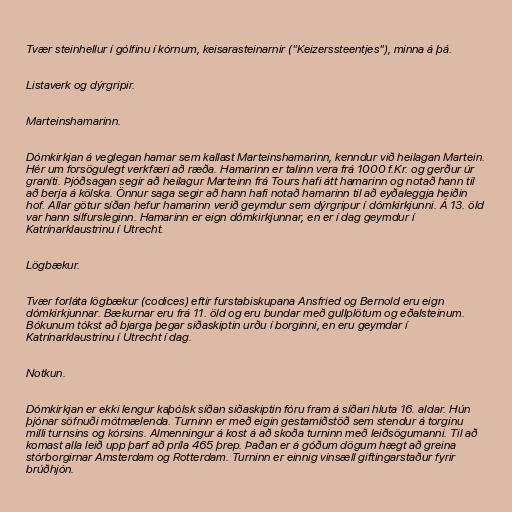
Tvær steinhellur í gólfinu í kórnum, keisarasteinarnir ("Keizerssteentjes"), minna á þá.

Listaverk og dýrgripir.

Marteinshamarinn.

Dómkirkjan á veglegan hamar sem kallast Marteinshamarinn, kenndur við heilagan Martein.
Hér um forsögulegt verkfæri að ræða. Hamarinn er talinn vera frá 1000 f.Kr. og gerður úr
graníti. Þjóðsagan segir að heilagur Marteinn frá Tours hafi átt hamarinn og notað hann til
að berja á kölska. Önnur saga segir að hann hafi notað hamarinn til að eyðaleggja heiðin
hof. Allar götur síðan hefur hamarinn verið geymdur sem dýrgripur í dómkirkjunni. Á 13. öld
var hann silfursleginn. Hamarinn er eign dómkirkjunnar, en er í dag geymdur í
Katrínarklaustrinu í Utrecht.

Lögbækur.

Tvær forláta lögbækur (codices) eftir furstabiskupana Ansfried og Bernold eru eign
dómkirkjunnar. Bækurnar eru frá 11. öld og eru bundar með gullplötum og eðalsteinum.
Bókunum tókst að bjarga þegar siðaskiptin urðu í borginni, en eru geymdar í
Katrínarklaustrinu í Utrecht í dag.

Notkun.

Dómkirkjan er ekki lengur kaþólsk síðan siðaskiptin fóru fram á síðari hluta 16. aldar. Hún
þjónar söfnuði mótmælenda. Turninn er með eigin gestamiðstöð sem stendur á torginu
milli turnsins og kórsins. Almenningur á kost á að skoða turninn með leiðsögumanni. Til að
komast alla leið upp þarf að príla 465 þrep. Þaðan er á góðum dögum hægt að greina
stórborgirnar Amsterdam og Rotterdam. Turninn er einnig vinsæll giftingarstaður fyrir
brúðhjón.